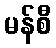
မန်စီ